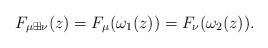
LaTeX: \begin{align*} F_{\mu\boxplus\nu}(z)=F_\mu(\omega_1(z))=F_\nu(\omega_2(z)).\end{align*}